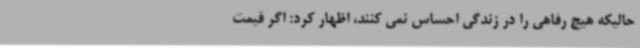
حالیکه هیچ رفاهی را در زندگی احساس نمی کنند، اظهار کرد: اگر قیمت